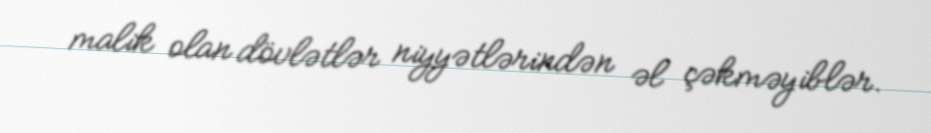
malik olan dövlətlər niyyətlərindən əl çəkməyiblər.